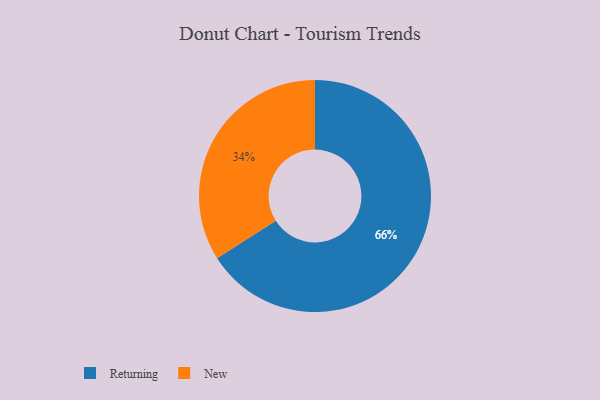
{"axis": {"x": "Category", "y": "Percentage"}, "legend": ["New", "Returning"], "data": [{"x": "Returning", "y": 66, "type": "Returning"}, {"x": "New", "y": 34, "type": "New"}]}